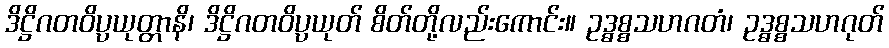
ဒိဋ္ဌိဂတဝိပ္ပယုတ္တာနိ၊ ဒိဋ္ဌိဂတဝိပ္ပယုတ် စိတ်တို့လည်းကောင်း။ ဥဒ္ဓစ္စသဟဂတံ၊ ဥဒ္ဓစ္စသဟဂုတ်